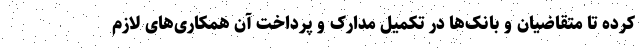
کرده تا متقاضیان و بانک‌ها در تکمیل مدارک و پرداخت آن همکاری‌های لازم